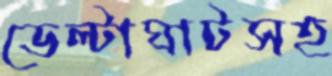
ডেল্টাঘাটসহ